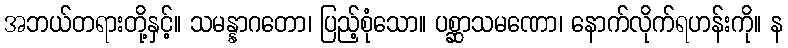
အဘယ်တရားတို့နှင့်။ သမန္နာဂတော၊ ပြည့်စုံသော။ ပစ္ဆာသမဏော၊ နောက်လိုက်ရဟန်းကို။ န